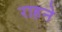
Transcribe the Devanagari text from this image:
राहने